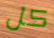
كل